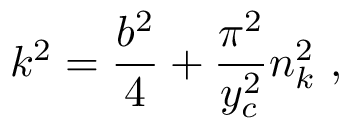
k ^ { 2 } = \frac { b ^ { 2 } } { 4 } + \frac { \pi ^ { 2 } } { y _ { c } ^ { 2 } } n _ { k } ^ { 2 } ~ ,